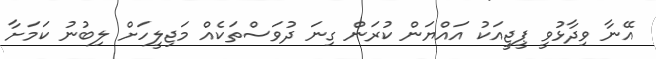
އޭނާ ވިދާޅުވީ ޕީޖީއަކު އައްޔަން ކުރަން ގިނަ ދުވަސްތަކެއް މަޖިލީހަށް ލިބުނު ކަމަށާ